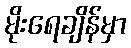
မိုးရေချိန်မှာ